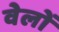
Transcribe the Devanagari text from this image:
वेलों